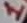
Text: 1